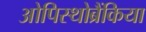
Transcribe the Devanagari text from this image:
ओपिस्थोब्रैंकिया